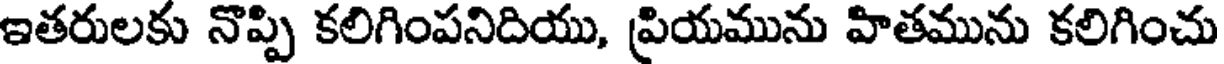
ఇతరులకు నొప్పి కలిగింపనిదియు, ప్రియమును హితమును కలిగించు